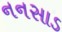
નનસાડ